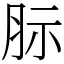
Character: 䏡